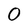
Character: O